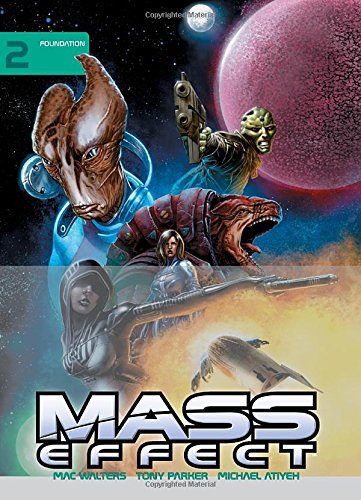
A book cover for Mass Effect Library Edition  Volume 2; Various; Comics & Graphic Novels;